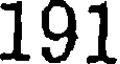
191